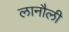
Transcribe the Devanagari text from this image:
लानौली